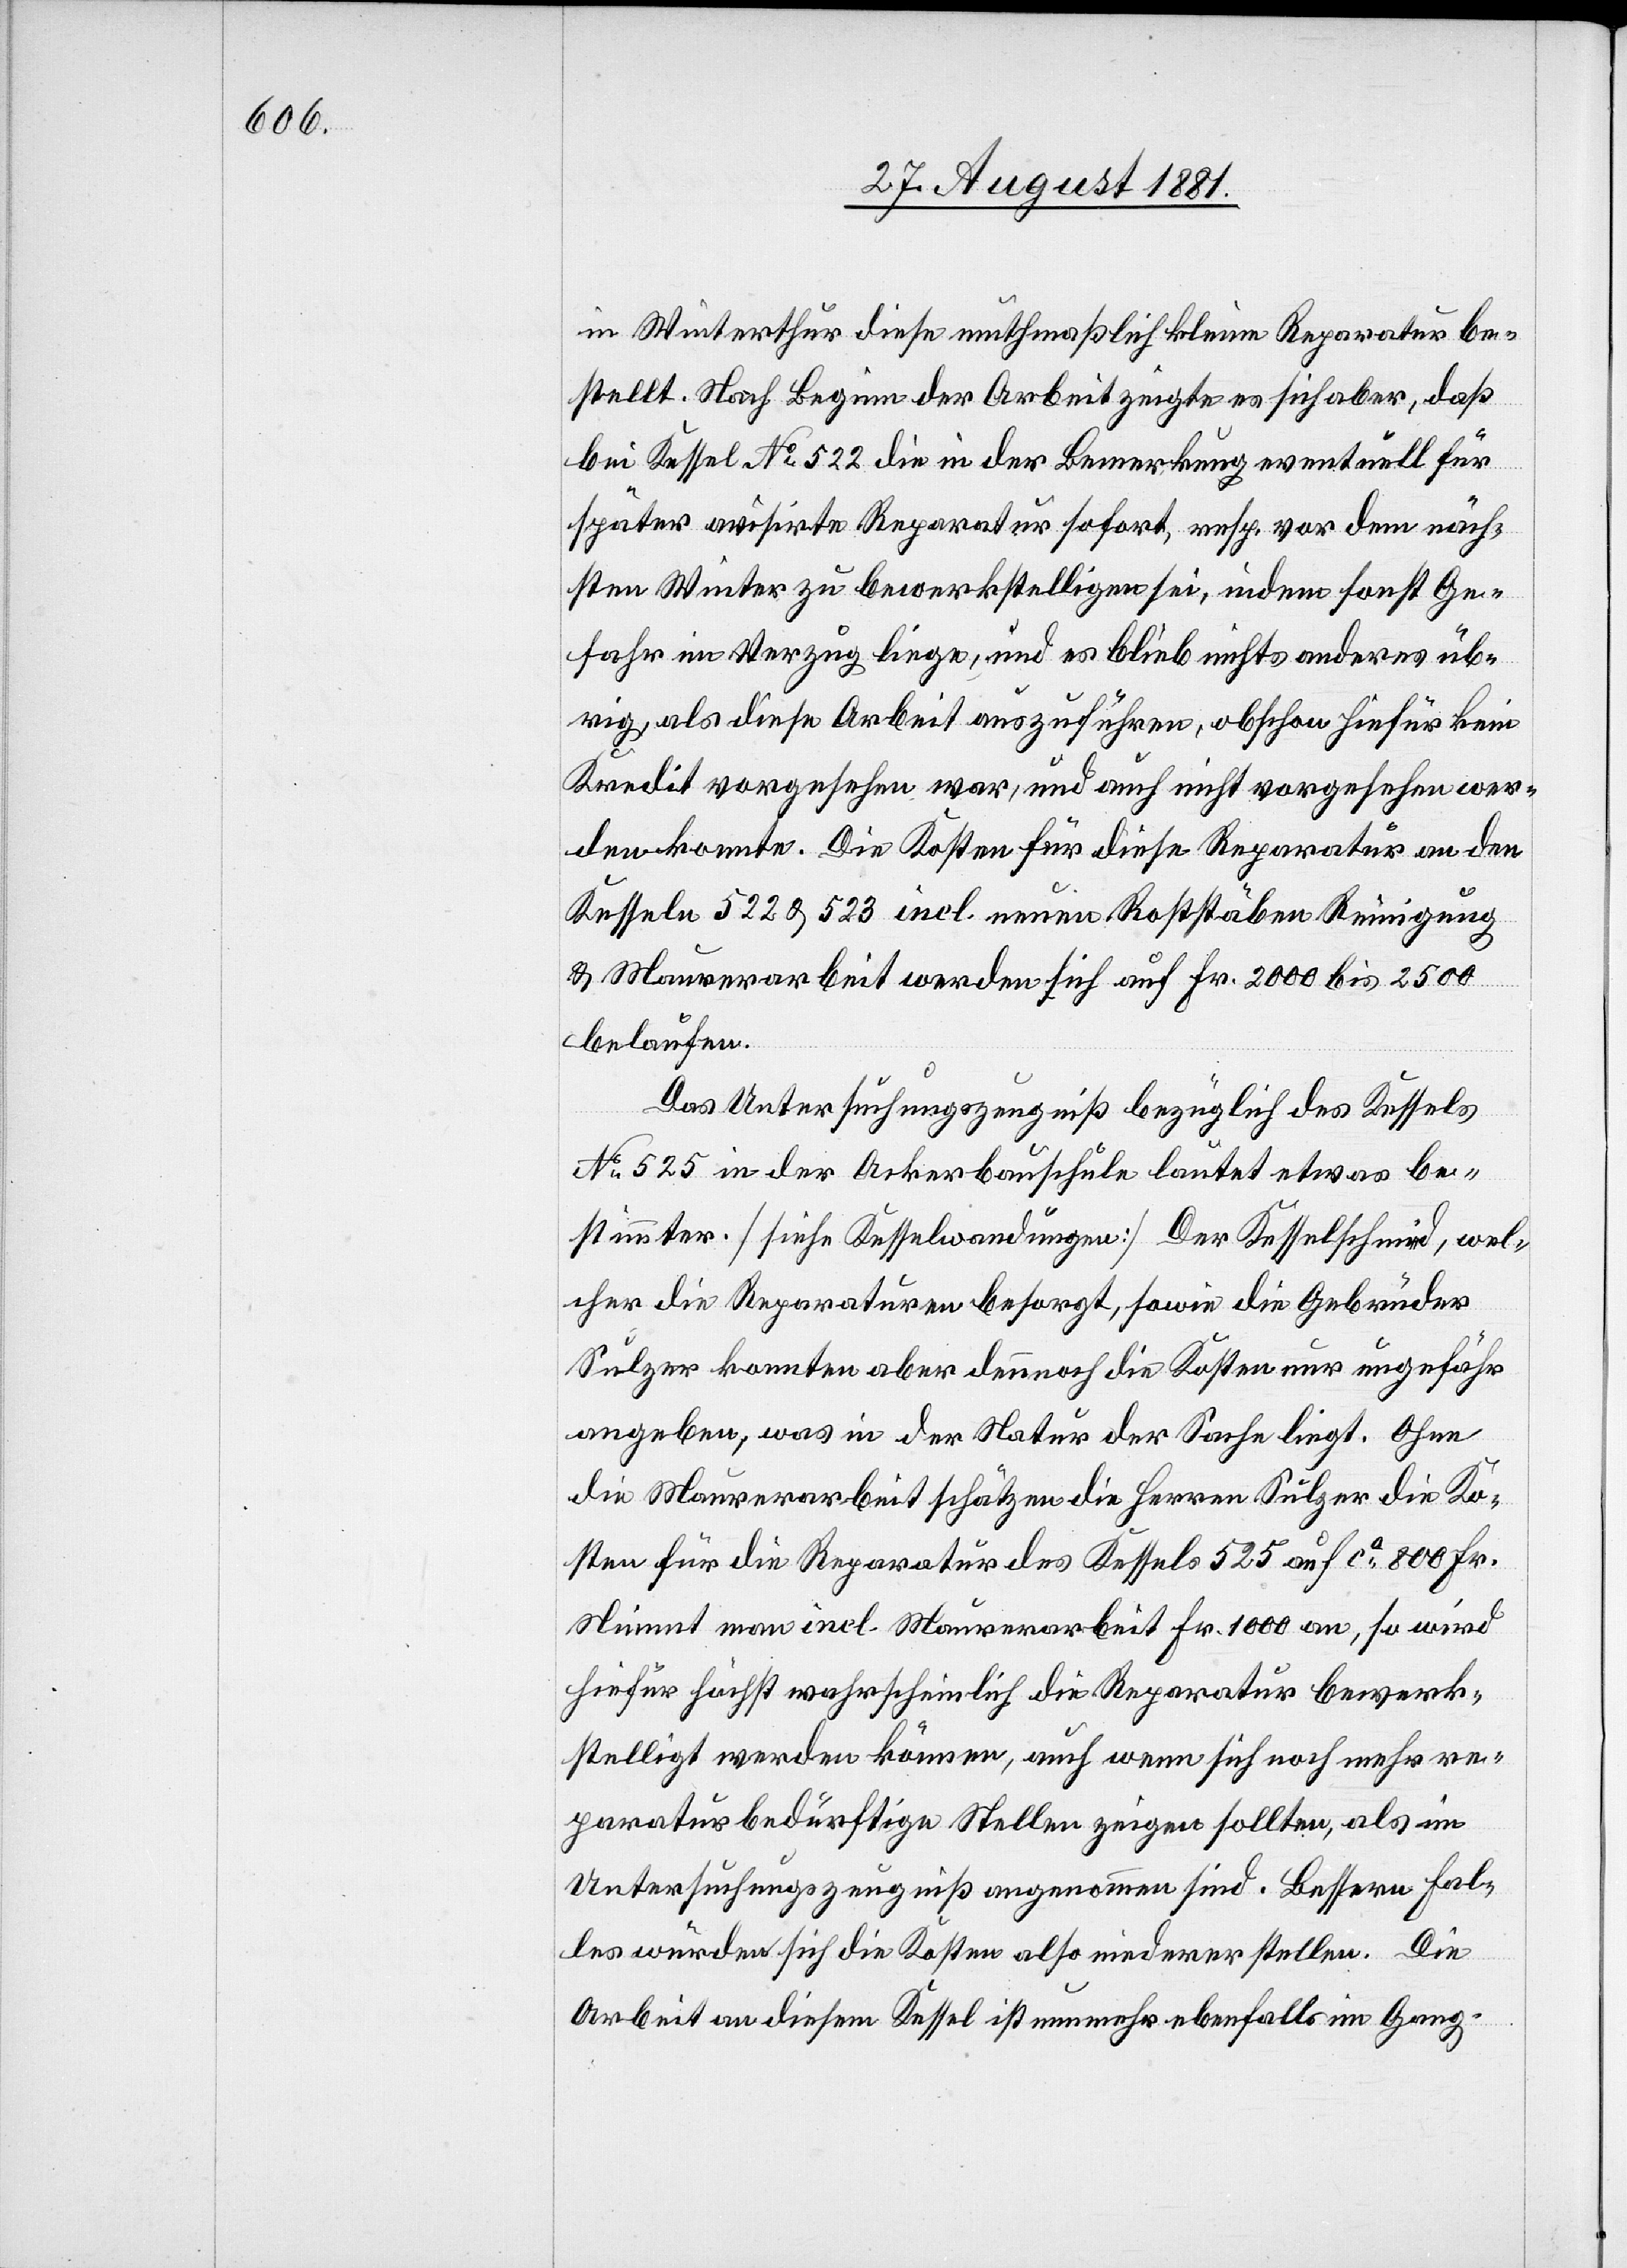
in Winterthur diese muthmaßlich kleine Reparatur be¬
stellt. Nach Beginn der Arbeit zeigte es sich aber, daß
bei Kessel No 522 die in der Bemerkung eventuell für
später avisirte Reparatur sofort, resp. vor dem näch¬
sten Winter zu bewerkstelligen sei, indem sonst Ge¬
fahr im Verzug liege, und es blieb nichts anderes üb¬
rig, als diese Arbeit auszuführen, obschon hiefür kein
Kredit vorgesehen war, und auch nicht vorgesehen wer¬
den konnte. Die Kosten für diese Reparatur an den
Kesseln 522 & 523 incl. neuen Roststäben Reinigung
& Maurerarbeit werden sich auf Fr. 2000 bis 2500
belaufen.
Das Untersuchungszeugniß bezüglich des Kessels
No 525 in der Ackerbauschule lautet etwas be¬
stimmter. [siehe Kesselwandungen] Der Kesselschmied, wel¬
cher die Reparaturen besorgt, sowie die Gebrüder
Sulzer konnten aber dennoch die Kosten nur ungefähr
angeben, was in der Natur der Sache liegt. Ohne
die Maurerarbeit schätzen die Herren Sulzer die Ko¬
sten für die Reparaturen des Kessels 525 auf ca 800 Fr.
Nimmt man incl. Maurerarbeit Fr. 1000 an, so wird
hiefür höchst wahrscheinlich die Reparatur bewerk¬
stelligt werden können, auch wenn sich noch mehr re¬
paraturbedürftige Stellen zeigen sollten, als im
Untersuchungszeugniß angenommen sind. Bessern Fal¬
les würden sich die Kosten also niederer stellen. Die
Arbeit an diesem Kessen ist nunmehr ebenfalls im Gang.